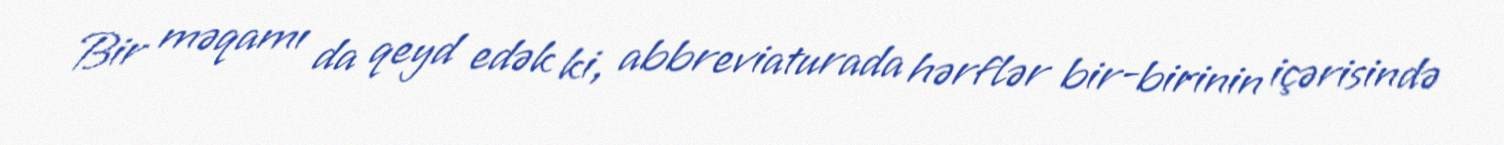
Bir məqamı da qeyd edək ki, abbreviaturada hərflər bir-birinin içərisində